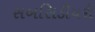
સબસિડીયરી